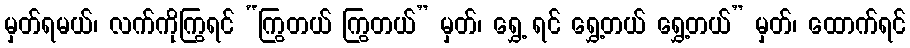
မှတ်ရမယ်၊ လက်ကိုကြွရင် “ကြွတယ် ကြွတယ်” မှတ်၊ ရွှေ့ ရင် ရွှေ့တယ် ရွှေ့တယ်” မှတ်၊ ထောက်ရင်